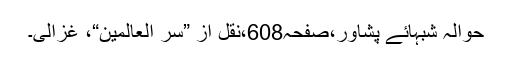
حوالہ شبہائے پشاور،صفحہ608،نقل از ”سِرّ العالمین“، غزالی۔